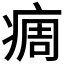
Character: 𬏳